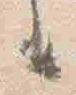
々